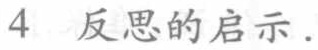
4 反思的启示.